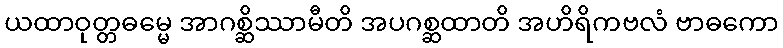
ယထာဝုတ္တဓမ္မေ အာဂစ္ဆိဿာမီတိ အပဂစ္ဆထာတိ အဟိရိကဗလံ ဗာဓကော